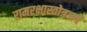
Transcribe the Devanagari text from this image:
रामरक्षास्तोत्रजपे